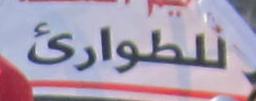
للطوارئ